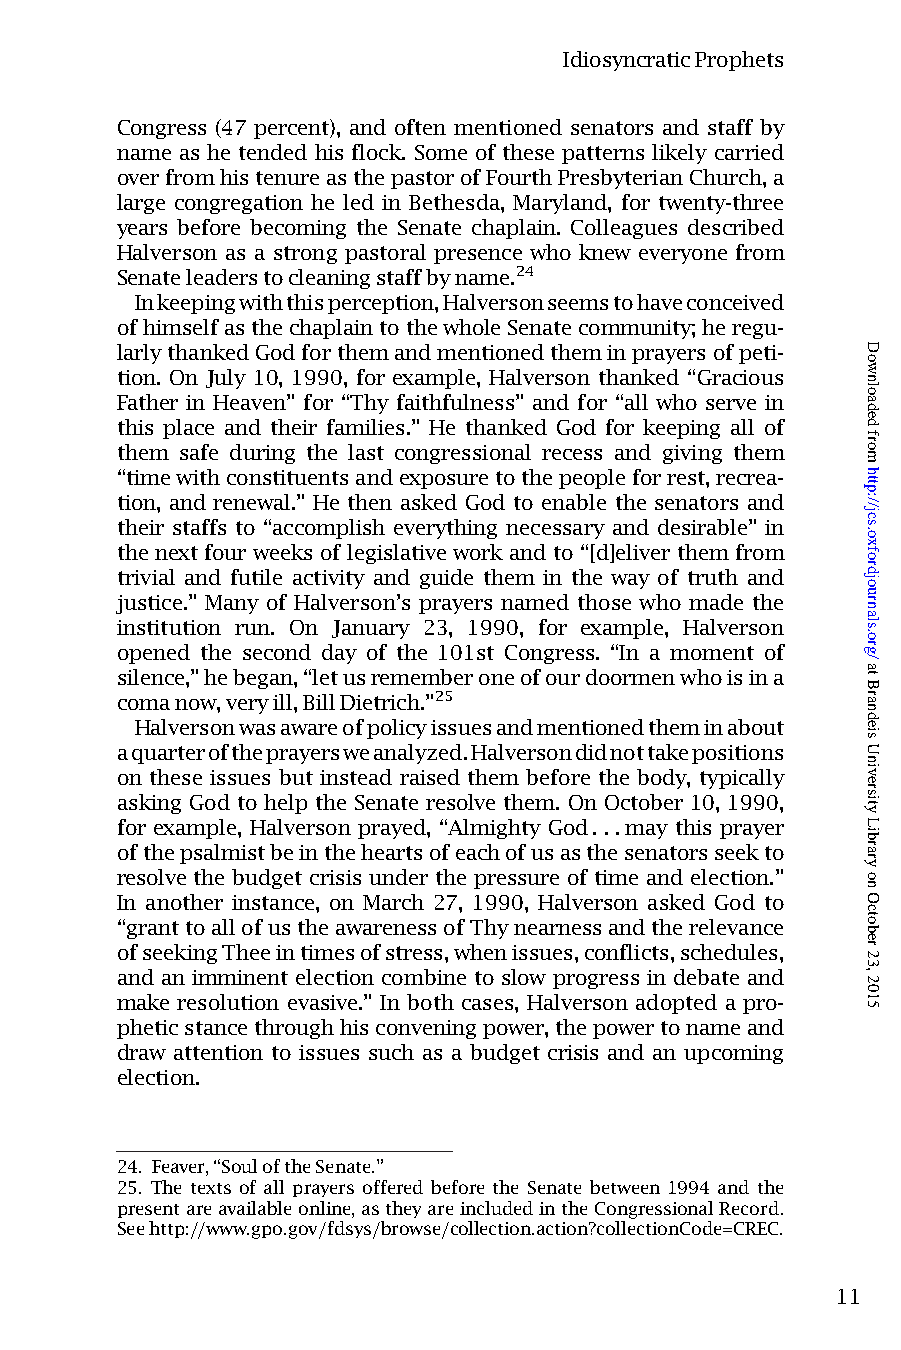
IdiosyncraticProphets
 Congress (47 percent), and often mentioned senators and staff by
 name as he tended his flock. Some of these patterns likely carried
 overfromhistenureasthepastorofFourthPresbyterianChurch,a
 large congregation he led in Bethesda, Maryland, for twenty-three
 years before becoming the Senate chaplain. Colleagues described
 Halverson as a strong pastoral presence who knew everyone from
 Senateleaderstocleaningstaffbyname.24
 Inkeepingwiththisperception,Halversonseemstohaveconceived
 ofhimselfasthechaplaintothewholeSenatecommunity;heregu-
 larlythankedGodforthemandmentionedtheminprayersofpeti-
 tion. On July 10, 1990, for example, Halverson thanked “Gracious
 Father in Heaven” for “Thy faithfulness” and for “all who serve in
 this place and their families.” He thanked God for keeping all of
 them safe during the last congressional recess and giving them
 “timewithconstituentsandexposuretothepeopleforrest,recrea-
 tion, and renewal.” He then asked God to enable the senators and
 their staffs to “accomplish everything necessary and desirable” in
 the next four weeks of legislativework and to “[d]eliver them from
 trivial and futile activity and guide them in the way of truth and
 justice.” Many of Halverson’s prayers named those who made the
 institution run. On January 23, 1990, for example, Halverson
 opened the second day of the 101st Congress. “In a moment of
 silence,”hebegan,“letusrememberoneofourdoormenwhoisina
 comanow,veryill,BillDietrich.”25
 Halversonwasawareofpolicyissuesandmentionedtheminabout
 aquarteroftheprayersweanalyzed.Halversondidnottakepositions
 on these issues but instead raised them before the body, typically
 asking God to help the Senate resolve them. On October 10, 1990,
 for example, Halverson prayed, “Almighty God. . .may this prayer
 ofthepsalmistbeintheheartsofeachofusasthesenatorsseekto
 resolve the budget crisis under the pressure of time and election.”
 In another instance, on March 27, 1990, Halverson asked God to
 “granttoallofustheawarenessofThynearnessandtherelevance
 ofseekingTheeintimesofstress,whenissues,conflicts,schedules,
 and an imminent election combine to slow progress in debate and
 make resolution evasive.” In both cases, Halverson adopted a pro-
 pheticstancethroughhisconveningpower,thepowertonameand
 draw attention to issues such as a budget crisis and an upcoming
 election.
 24. Feaver,“SouloftheSenate.”
 25. The texts of all prayers offered before the Senate between 1994 and the
 presentareavailableonline,astheyareincludedintheCongressionalRecord.
 Seehttp://www.gpo.gov/fdsys/browse/collection.action?collectionCode=CREC.
 11
 Downloaded
 from
 http://jcs.oxfordjournals.org/
 at
 Brandeis
 University
 Library
 on
 October
 23,
 2015